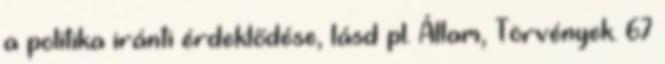
a politika iránti érdeklődése, lásd pl. Állam, Törvények. 67